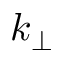
k _ { \bot }